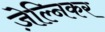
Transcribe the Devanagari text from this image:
ज़ेल्निकर